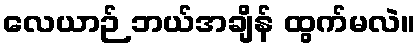
လေယာဉ် ဘယ်အချိန် ထွက်မလဲ။